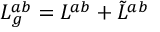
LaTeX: L _ { g } ^ { a b } = L ^ { a b } + \tilde { L } ^ { a b }